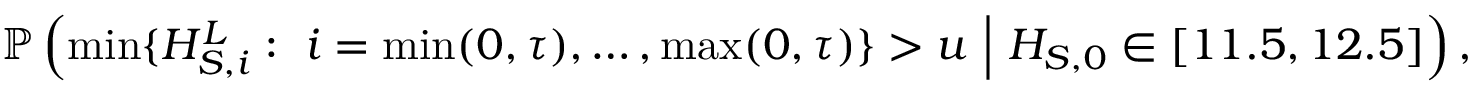
\mathbb { P } \left( \operatorname* { m i n } \{ H _ { S , i } ^ { L } : \ i = \operatorname* { m i n } ( 0 , \tau ) , \dots , \operatorname* { m a x } ( 0 , \tau ) \} > u \ \Big | \ H _ { S , 0 } \in [ 1 1 . 5 , 1 2 . 5 ] \right) ,